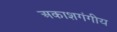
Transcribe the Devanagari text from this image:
अकाशगंगीय